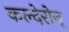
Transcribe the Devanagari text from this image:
कल्देरोन्